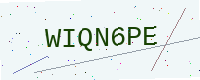
Text: WIQN6PE